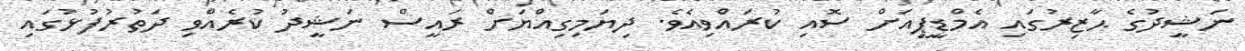
ނަޝީދުގެ ޙާޒިރުގައި އެމްޑީޕީއަށް ސޮއި ކުރައްވިއެވެ. ދިޔަމިގިއްޔަށް ރައީސް ނަޝީދު ކުރެއްވި ދަތުރުފުޅުގައި